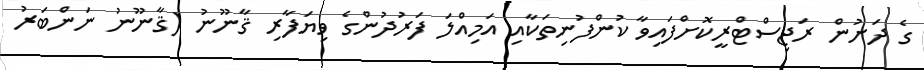
ގެ ދަށުން ރަޖިސްޓްރީކޮށްފައިވާ ކުންފުނިތަކާއި އަމިއްލަ ފަރުދުންގެ ވިޔަފާރި ޤާނޫނު (ޤާނޫނު ނަންބަރު